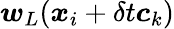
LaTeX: \boldsymbol{w}_{L}(\boldsymbol{x}_{i}+\delta t\boldsymbol{c}_{k})